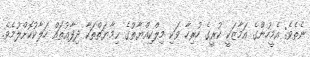
ނެތެވެ; އެމީހުންގެ އަމާޒަކީ ކުރީގެ ހުރިހާ ވަކި މިލްކިއްޔާތުގެ ޙިމާޔަތްތަކާ ދިފާޢުތައް ހަލާކުކޮށްލުމެވެ.